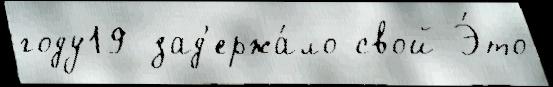
году19 зад'ержа́ло свой Э́то